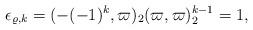
LaTeX: \begin{align*}\epsilon_{\varrho,k}=(-(-1)^k,\varpi)_2(\varpi,\varpi)_2^{k-1}=1,\end{align*}